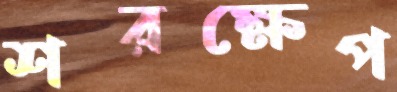
শরক্ষেপ